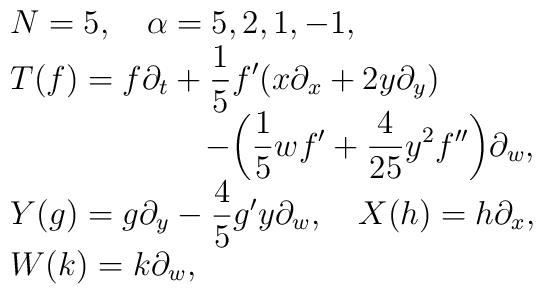
\begin{array}{l}N= 5, \quad \alpha =5,2,1,-1,\\\displaystyle T(f) = f \partial_t + \frac{1}{5} f^\prime (x\partial_x+ 2y \partial_y) \\\displaystyle \qquad\qquad\qquad - \biggl( \frac{1}{5} wf^\prime +\frac{4}{25} y^2 f^{\prime\prime} \biggr) \partial_w,\\\displaystyle Y(g) = g \partial_y - \frac{4}{5} g^\prime y \partial_w,\quad X(h) = h \partial_x, \\\displaystyle W(k) = k\partial_w,\end{array}